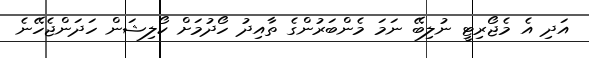
އަދި އެ މެޖޯރިޓީ ނުލިބޭ ނަމަ މެންބަރުންގެ ތާއިދު ހޯދުމަށް ކޯލިޝަން ހަދަންޖެހޭނެ